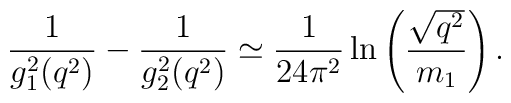
{1\over g_1^2(q^2)}-{1\over g_2^2(q^2)} \simeq{1\over 24\pi^2}\ln\left({\sqrt{q^2}\over m_1}\right).